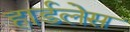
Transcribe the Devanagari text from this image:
हार्डलेस